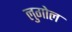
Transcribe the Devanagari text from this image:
लुगोल